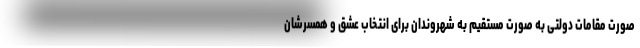
صورت مقامات دولتی به صورت مستقیم به شهروندان برای انتخاب عشق و همسرشان